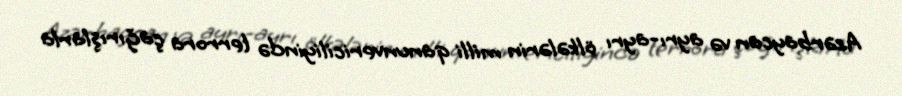
Azərbaycan və ayrı-ayrı ölkələrin milli qanunvericiliyində terrora çağırışlarla